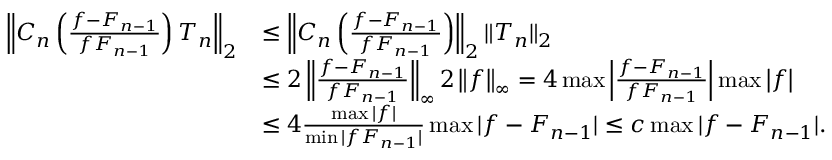
\begin{array} { r l } { \left\Vert C _ { n } \left( \frac { f - F _ { n - 1 } } { f F _ { n - 1 } } \right) T _ { n } \right\Vert _ { 2 } } & { \leq \left\Vert C _ { n } \left( \frac { f - F _ { n - 1 } } { f F _ { n - 1 } } \right) \right\Vert _ { 2 } \Vert T _ { n } \Vert _ { 2 } } \\ & { \leq 2 \left\Vert \frac { f - F _ { n - 1 } } { f F _ { n - 1 } } \right\Vert _ { \infty } 2 \left\Vert f \right\Vert _ { \infty } = 4 \operatorname* { m a x } { \left\vert \frac { f - F _ { n - 1 } } { f F _ { n - 1 } } \right\vert } \operatorname* { m a x } { \left\vert f \right\vert } } \\ & { \leq 4 \frac { \operatorname* { m a x } { \vert f \vert } } { \operatorname* { m i n } { \vert f F _ { n - 1 } \vert } } \operatorname* { m a x } { \vert f - F _ { n - 1 } \vert } \leq c \operatorname* { m a x } { \vert f - F _ { n - 1 } \vert } . } \end{array}